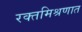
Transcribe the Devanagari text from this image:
रक्तमिश्रणात